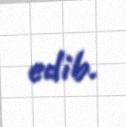
edib.